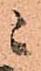
ニ